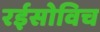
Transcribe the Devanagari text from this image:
रईसोविच